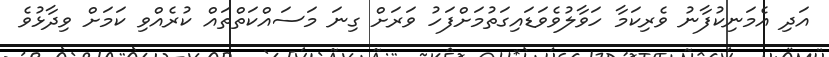
އަދި އެމަނިކުފާނު ވެރިކަމާ ހަވާލުވެވަޑައިގަތުމަށްފަހު ވަރަށް ގިނަ މަސައްކަތްތައް ކުރެއްވި ކަމަށް ވިދާޅުވެ